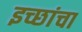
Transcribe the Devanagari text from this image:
इच्छांचा